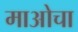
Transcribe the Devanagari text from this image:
माओचा